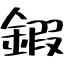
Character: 鍜